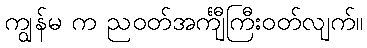
ကျွန်မ က ညဝတ်အင်္ကျီကြီးဝတ်လျက်။